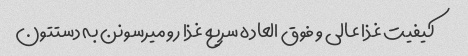
کیفیت غذا عالی و فوق العاده سریع غذا رو میرسونن به دستتون